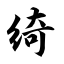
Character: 绮